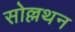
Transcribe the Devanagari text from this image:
सोल्लथन